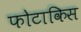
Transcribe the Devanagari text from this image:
फोटाकिस